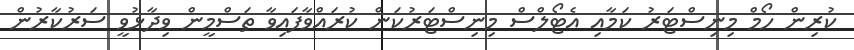
ކުރިން ހޯމް މިނިސްޓަރު ކަމާއި އެޓޯލްސް މިނިސްޓަރުކަން ކުރައްވާފައިވާ ތަސްމީން ވިދާޅުވީ ސަރުކާރުން